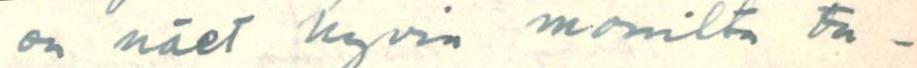
on näet hyvin monilta ta-